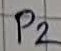
Text: P2